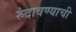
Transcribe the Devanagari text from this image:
रुंदावण्याची